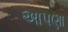
અાપણા